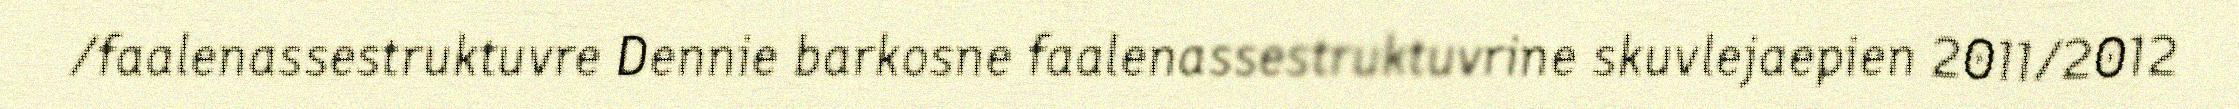
/faalenassestruktuvre Dennie barkosne faalenassestruktuvrine skuvlejaepien 2011/2012